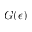
G ( \epsilon )